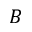
B